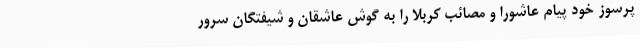
پرسوز خود پیام عاشورا و مصائب کربلا را به گوش عاشقان و شیفتگان سرور